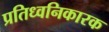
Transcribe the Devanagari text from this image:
प्रतिध्वनिकारक